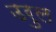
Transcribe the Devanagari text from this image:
उरुल